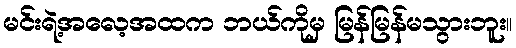
မင်းရဲ့အလေ့အထက ဘယ်ကိုမှ မြန်မြန်မသွားဘူး။